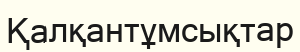
Қалқантұмсықтар